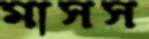
মাসস